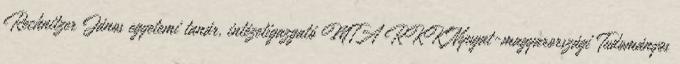
Rechnitzer János egyetemi tanár, intézetigazgató MTA RKK Nyugat-magyarországi Tudományos